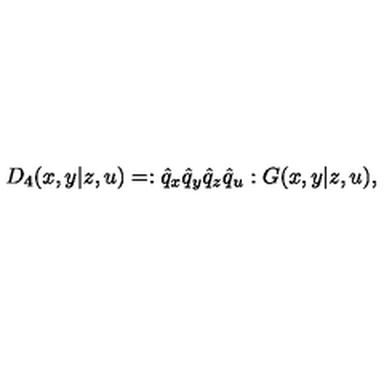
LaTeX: D _ { 4 } ( x , y | z , u ) = : \hat { q } _ { x } \hat { q } _ { y } \hat { q } _ { z } \hat { q } _ { u } : G ( x , y | z , u ) ,